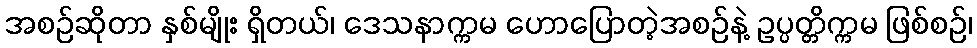
အစဉ်ဆိုတာ နှစ်မျိုး ရှိတယ်၊ ဒေသနာက္ကမ ဟောပြောတဲ့အစဉ်နဲ့ ဥပ္ပတ္တိက္ကမ ဖြစ်စဉ်၊